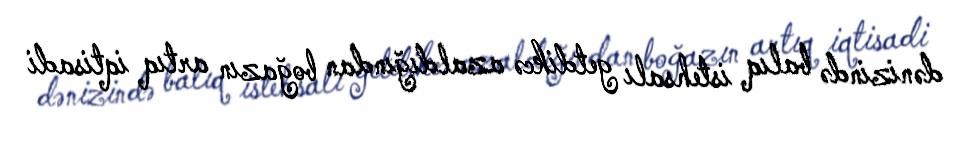
dənizində balıq istehsalı getdikcə azaldığından boğazın artıq iqtisadi